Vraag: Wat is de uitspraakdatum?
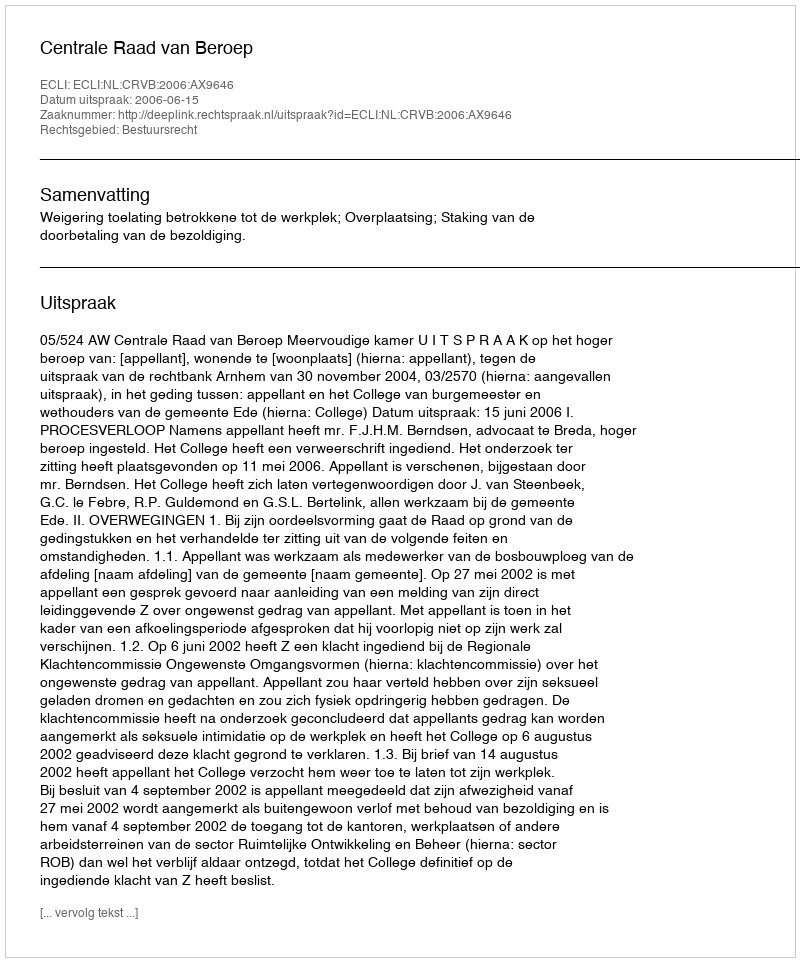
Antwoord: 2006-06-15